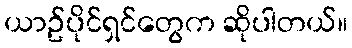
ယာဥ်ပိုင်ရှင်တွေက ဆိုပါတယ်။